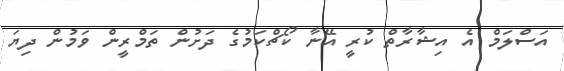
އަސްލަމް އެ އިޝާރާތް ކުރީ އޭނާ ކޯޗްކަމުގެ ދަށުން ތަމްރީން ވަމުން ދިޔަ